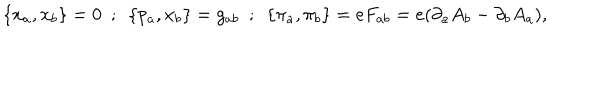
\{ x _ { a } , x _ { b } \} = 0 ~ ~ ; ~ ~ \{ p _ { a } , x _ { b } \} = g _ { a b } ~ ~ ; ~ ~ \{ \pi _ { a } , \pi _ { b } \} = e F _ { a b } = e ( \partial _ { a } A _ { b } - \partial _ { b } A _ { a } ) ,